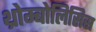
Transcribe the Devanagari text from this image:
थ्रोम्बोलिसिस